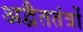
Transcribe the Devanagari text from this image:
अद्वैततंत्रों